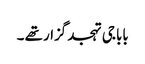
بابا جی تہجد گزار تھے ۔